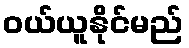
ဝယ်ယူနိုင်မည်